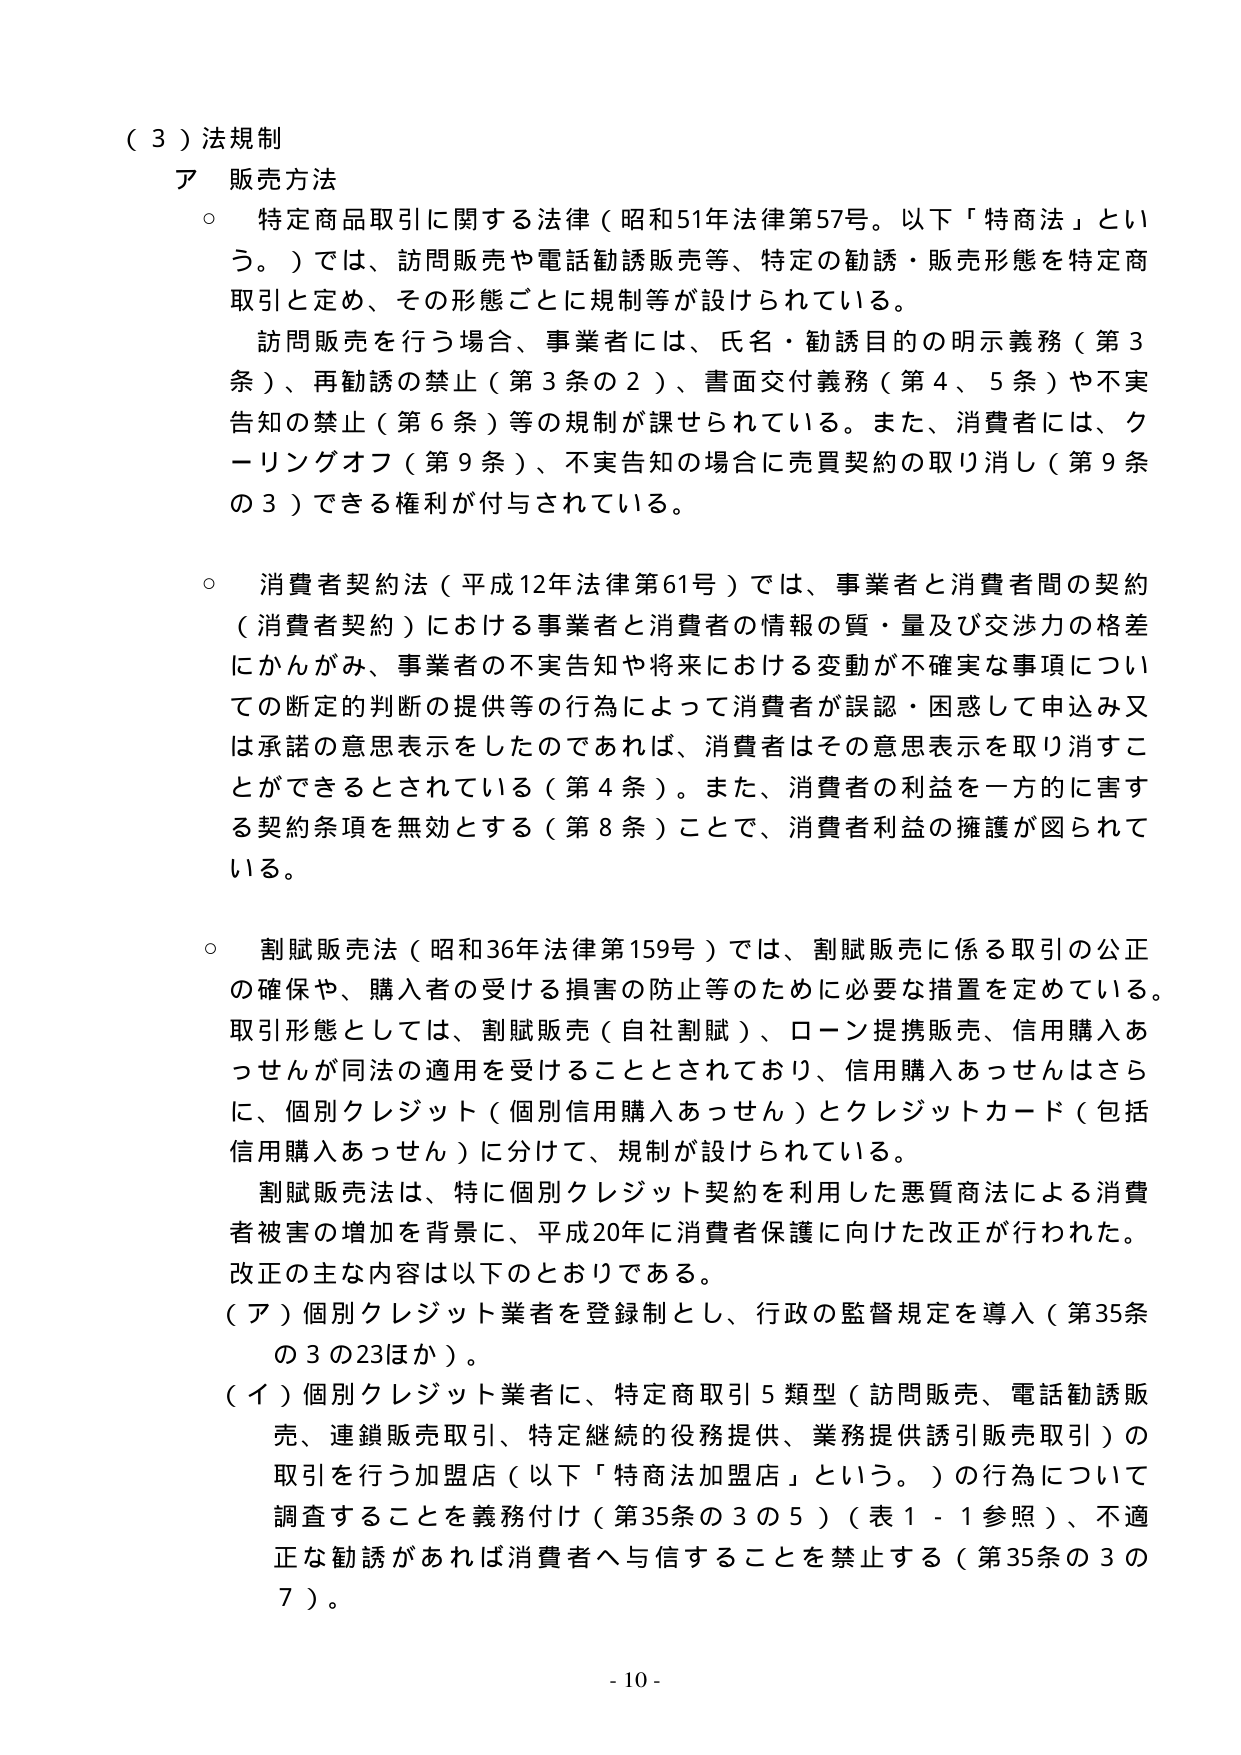
（３）法規制
ア 販売方法
○ 特定商品取引に関する法律（昭和51年法律第57号。以下「特商法」という。）では、訪問販売や電話勧誘販売等、特定の勧誘・販売形態を特定商取引と定め、その形態ごとに規制等が設けられている。
　訪問販売を行う場合、事業者には、氏名・勧誘目的の明示義務（第3条）、再勧誘の禁止（第3条の2）、書面交付義務（第4、5条）や不実告知の禁止（第6条）等の規制が課せられている。また、消費者には、クーリングオフ（第9条）、不実告知の場合に売買契約の取り消し（第9条の3）できる権利が付与されている。

○ 消費者契約法（平成12年法律第61号）では、事業者と消費者間の契約（消費者契約）における事業者と消費者の情報の質・量及び交渉力の格差にかんがみ、事業者の不実告知や将来における変動が不確実な事項についての断定的判断の提供等の行為によって消費者が誤認・困惑して申込み又は承諾の意思表示をしたのであれば、消費者はその意思表示を取り消すことができるとしている（第4条）。また、消費者の利益を一方的に害する契約条項を無効とする（第8条）ことで、消費者利益の擁護が図られている。

○ 割賦販売法（昭和36年法律第159号）では、割賦販売に係る取引の公正の確保や、購入者の受ける損害の防止等のために必要な措置を定めている。取引形態としては、割賦販売（自社割賦）、ローン提携販売、信用購入あっせんが同法の適用を受けることとされており、信用購入あっせんはさらに、個別クレジット（個別信用購入あっせん）とクレジットカード（包括信用購入あっせん）に分けて、規制が設けられている。
　割賦販売法は、特に個別クレジット契約を利用した悪質商法による消費者被害の増加を背景に、平成20年に消費者保護に向けた改正が行われた。改正の主な内容は以下のとおりである。
（ア）個別クレジット業者を登録制とし、行政の監督規定を導入（第35条の3の23ほか）。
（イ）個別クレジット業者に、特定商取引5類型（訪問販売、電話勧誘販売、連鎖販売取引、特定継続的役務提供、業務提供誘引販売取引）の取引を行う加盟店（以下「特商法加盟店」という。）の行為について調査することを義務付け（第35条の3の5）（表1-1参照）、不適正な勧誘があれば消費者へ与信することを禁止する（第35条の3の7）。

- 10 -